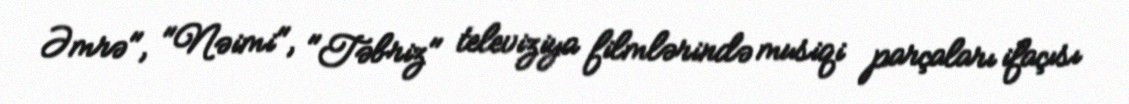
Əmrə", "Nəimi", "Təbriz" televiziya filmlərində musiqi parçaları ifaçısı